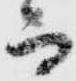
而